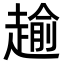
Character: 𧼯